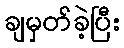
ချမှတ်ခဲ့ပြီး